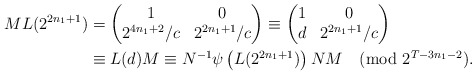
\begin{align*}\begin{aligned}M L(2^{2n_1+1}) & = \left( \begin{matrix} \displaystyle 1 & 0 \\ 2^{4n_1+2}/c & 2^{2n_1+1}/c \end{matrix} \right) \equiv \left( \begin{matrix} \displaystyle 1 & 0 \\ d & 2^{2n_1+1}/c \end{matrix} \right) \\ & \equiv L(d) M \equiv N^{-1}\psi\left(L(2^{2n_1+1})\right)NM \pmod{2^{T-3n_1-2}}.\end{aligned}\end{align*}